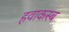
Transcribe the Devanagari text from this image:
हवाकस्‍ब